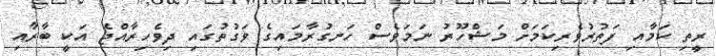
ރީތި ކަމާއި ފަތުރުވެރިކަމަށް މަޝްހޫރު ނަމަވެސް ހަނގުރާމައިގެ ވަގުތުގައި ދިވެހިރާއްޖެ އަކީ ބާރާއި